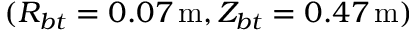
( R _ { b t } = 0 . 0 7 \, \mathrm { m } , Z _ { b t } = 0 . 4 7 \, \mathrm { m } )